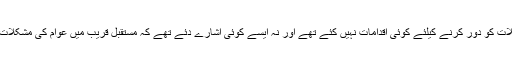
تاہم انہوں نے عوام کی ان مشکلات کو دور کرنے کیلئے کوئی اقدامات نہیں کئے تھے اور نہ ایسے کوئی اشارے دئے تھے کہ مستقبل قریب میں عوام کی مشکلات میں کوئی کمی آنے والی ہے ۔